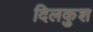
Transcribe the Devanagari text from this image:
दिलकुश